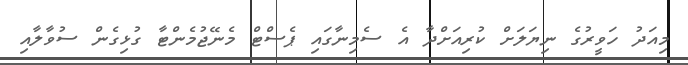
މިއަދު ހަވީރުގެ ނިޔަލަށް ކުރިއަށްދާ އެ ސެމިނާގައި ޕެސްޓް މެނޭޖުމެންޓާ ގުޅިގެން ސުވާލާއި